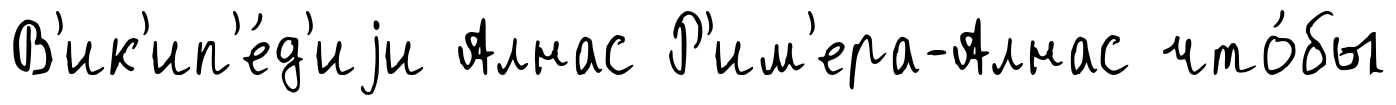
В'ик'ип'е́д'иjи Алнас Р'им'ера-Алнас что́бы